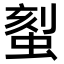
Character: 𫋉